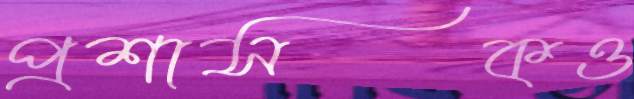
প্রশাসকও